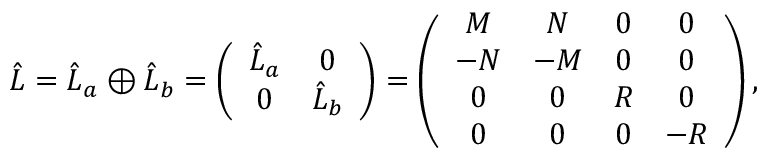
\begin{array} { r } { \hat { L } = \hat { L } _ { a } \oplus \hat { L } _ { b } = \left( \begin{array} { c c } { \hat { L } _ { a } } & { 0 } \\ { 0 } & { \hat { L } _ { b } } \end{array} \right) = \left( \begin{array} { c c c c } { { \cal M } } & { { \cal N } } & { 0 } & { 0 } \\ { - { \cal N } } & { - { \cal M } } & { 0 } & { 0 } \\ { 0 } & { 0 } & { { \cal R } } & { 0 } \\ { 0 } & { 0 } & { 0 } & { - { \cal R } } \end{array} \right) , } \end{array}